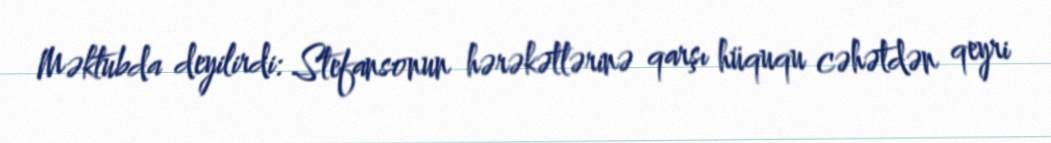
Məktubda deyilirdi: Stefansonun hərəkətlərinə qarşı hüququ cəhətdən qeyri